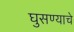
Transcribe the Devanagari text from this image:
घुसण्याचे